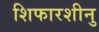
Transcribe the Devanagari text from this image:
शिफारशीनु